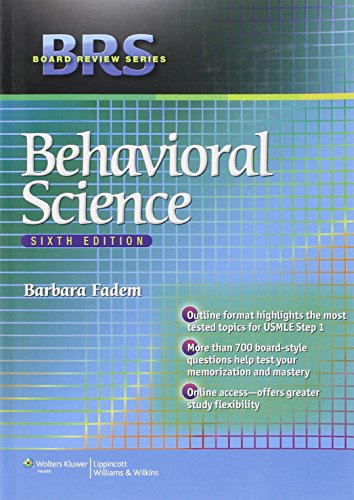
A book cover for BRS Behavioral Science (Board Review Series); Barbara Fadem PhD; Medical Books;